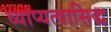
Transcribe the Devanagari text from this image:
व्याप्यत्वासिद्ध